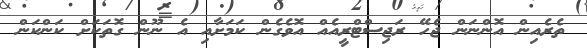
ތެރެއިން އޮންނަން ޖެހޭ ރަޖިސްޓްރީއެއް އޮވެގެން ކަމަށާއި އެ ނޫން ގޮތަކަށް ކަންކަން